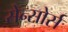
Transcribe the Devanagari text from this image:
सेन्सोर्स